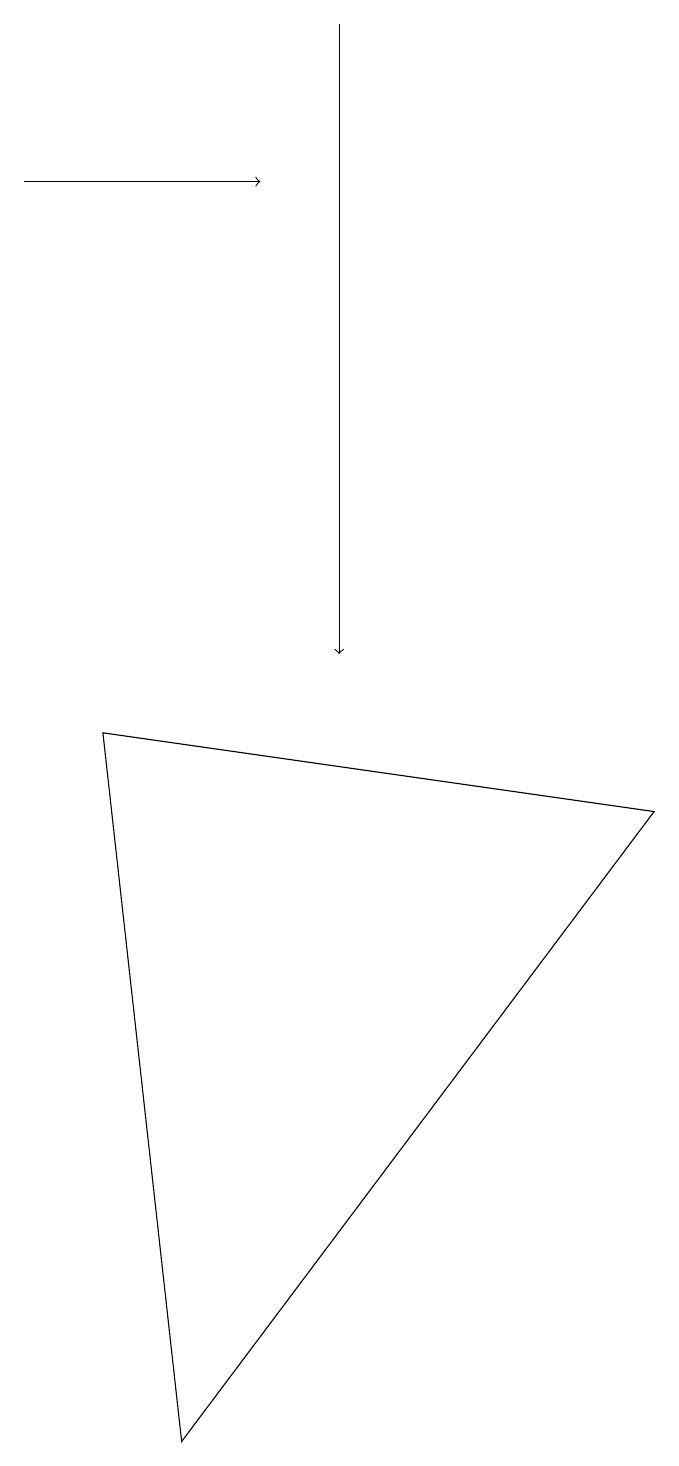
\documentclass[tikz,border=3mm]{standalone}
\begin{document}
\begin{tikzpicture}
\draw[->] (0,16) -- (3,16);
\draw (8,8) -- (2,0) -- (1,9) -- cycle;
\draw[->] (4,18) -- (4,10);
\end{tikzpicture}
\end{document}